Indian journal of veterinary science and animal husbandry - Volumes 18-21, 1948-1951
Year: 1948
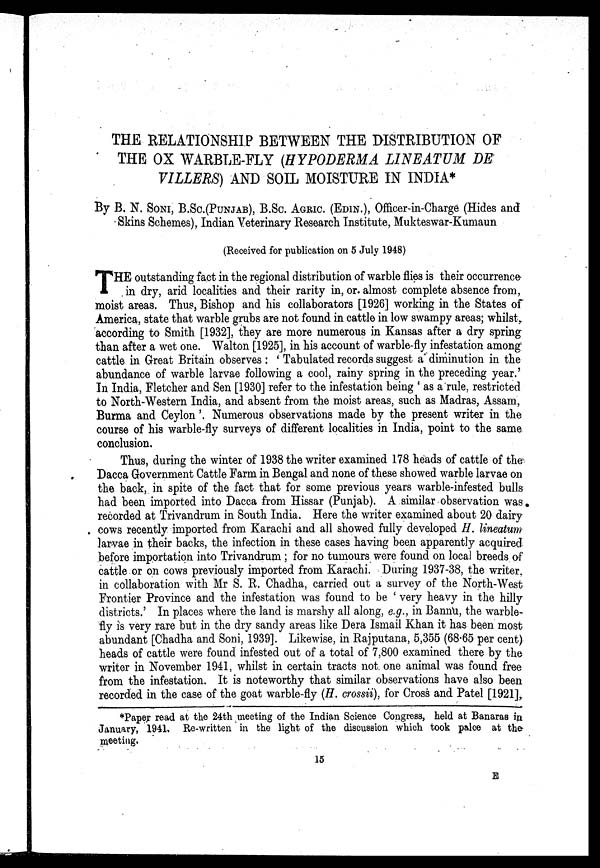
THE RELATIONSHIP BETWEEN THE DISTRIBUTION OF
THE OX WARBLE-FLY (HYPODERMA LINEATUM DE
VILLERS) AND SOIL MOISTURE IN INDIA
By B. N. SONI, B.Sc.(PUNJAB), B.Sc. AGRIC. (EDIN.), Officer-in-Charge (Hides and
Skins Schemes), Indian Veterinary Research Institute, Mukteswar-Kumaun
(Received for publication on 5 July 1948)
T HE outstanding fact in the regional distribution of warble flies is their occurrence-
in dry, arid localities and their rarity in, or almost complete absence from,
moist areas. Thus, Bishop and his collaborators [1926] working in the States of
America, state that warble grubs are not found in cattle in low swampy areas; whilst,
according to Smith [1932], they are more numerous in Kansas after a dry spring
than after a wet one. Walton [1925], in his account of warble-fly infestation among
cattle in Great Britain observes: 'Tabulated records suggest a diminution in the
abundance of warble larvae following a cool, rainy spring in the preceding year.'
In India, Fletcher and Sen [1930] refer to the infestation being 'as a rule, restricted
to North-Western India, and absent from the moist areas, such as Madras, Assam,
Burma and Ceylon'. Numerous observations made by the present writer in the
course of his warble-fly surveys of different localities in India, point to the same
conclusion.
Thus, during the winter of 1938 the writer examined 178 heads of cattle of the
Dacca Government Cattle Farm in Bengal and none of these showed warble larvae on
the back, in spite of the fact that for some previous years warble-infested bulls
had been imported into Dacca from Hissar (Punjab). A similar observation was
recorded at Trivandrum in South India. Here the writer examined about 20 dairy
cows recently imported from Karachi and all showed fully developed H. lineatum
larvae in their backs, the infection in these cases having been apparently acquired
before importation into Trivandrum; for no tumours were found on local breeds of
cattle or on cows previously imported from Karachi. During 1937-38, the writer,
in collaboration with Mr S. R. Chadha, carried out a survey of the North-West
Frontier Province and the infestation was found to be 'very heavy in the hilly
districts.' In places where the land is marshy all along, e.g., in Bannu, the warble-
fly is very rare but in the dry sandy areas like Dera Ismail Khan it has been most
abundant [Chadha and Soni, 1939]. Likewise, in Rajputana, 5,355 (68.65 per cent)
heads of cattle were found infested out of a total of 7,800 examined there by the
writer in November 1941, whilst in certain tracts not one animal was found free
from the infestation. It is noteworthy that similar observations have also been
recorded in the case of the goat warble-fly (H. crossii), for Cross and Patel [1921],
*Paper read at the 24th meeting of the Indian Science Congress, held at Banaras in
January, 1941. Re-written in the light of the discussion which took palce at the
meeting.
15
E